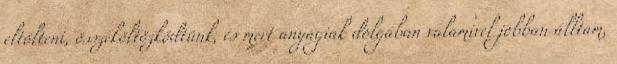
eltölteni, összeköltözködtünk, és mert anyagiak dolgában valamivel jobban álltam,